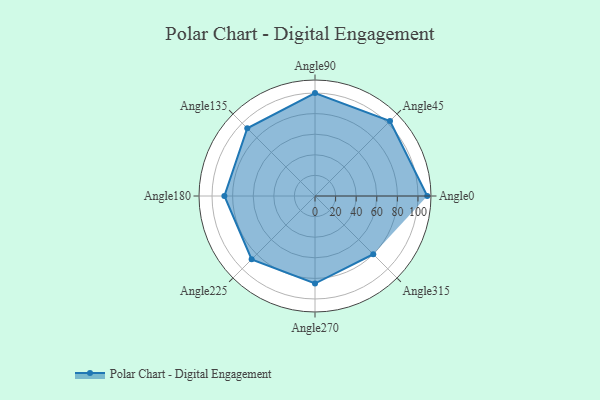
{"axis": {"x": "Angle", "y": "Radius"}, "legend": [""], "data": [{"x": "Angle0", "y": 109.0, "type": ""}, {"x": "Angle45", "y": 103.0, "type": ""}, {"x": "Angle90", "y": 100.0, "type": ""}, {"x": "Angle135", "y": 93.0, "type": ""}, {"x": "Angle180", "y": 88.0, "type": ""}, {"x": "Angle225", "y": 87.0, "type": ""}, {"x": "Angle270", "y": 85.0, "type": ""}, {"x": "Angle315", "y": 80.0, "type": ""}]}